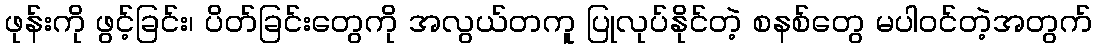
ဖုန်းကို ဖွင့်ခြင်း၊ ပိတ်ခြင်းတွေကို အလွယ်တကူ ပြုလုပ်နိုင်တဲ့ စနစ်တွေ မပါဝင်တဲ့အတွက်